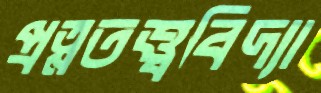
প্রত্নতত্ত্ববিদ্যা